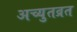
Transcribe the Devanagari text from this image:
अच्युतव्रत